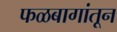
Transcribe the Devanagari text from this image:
फळबागांतून